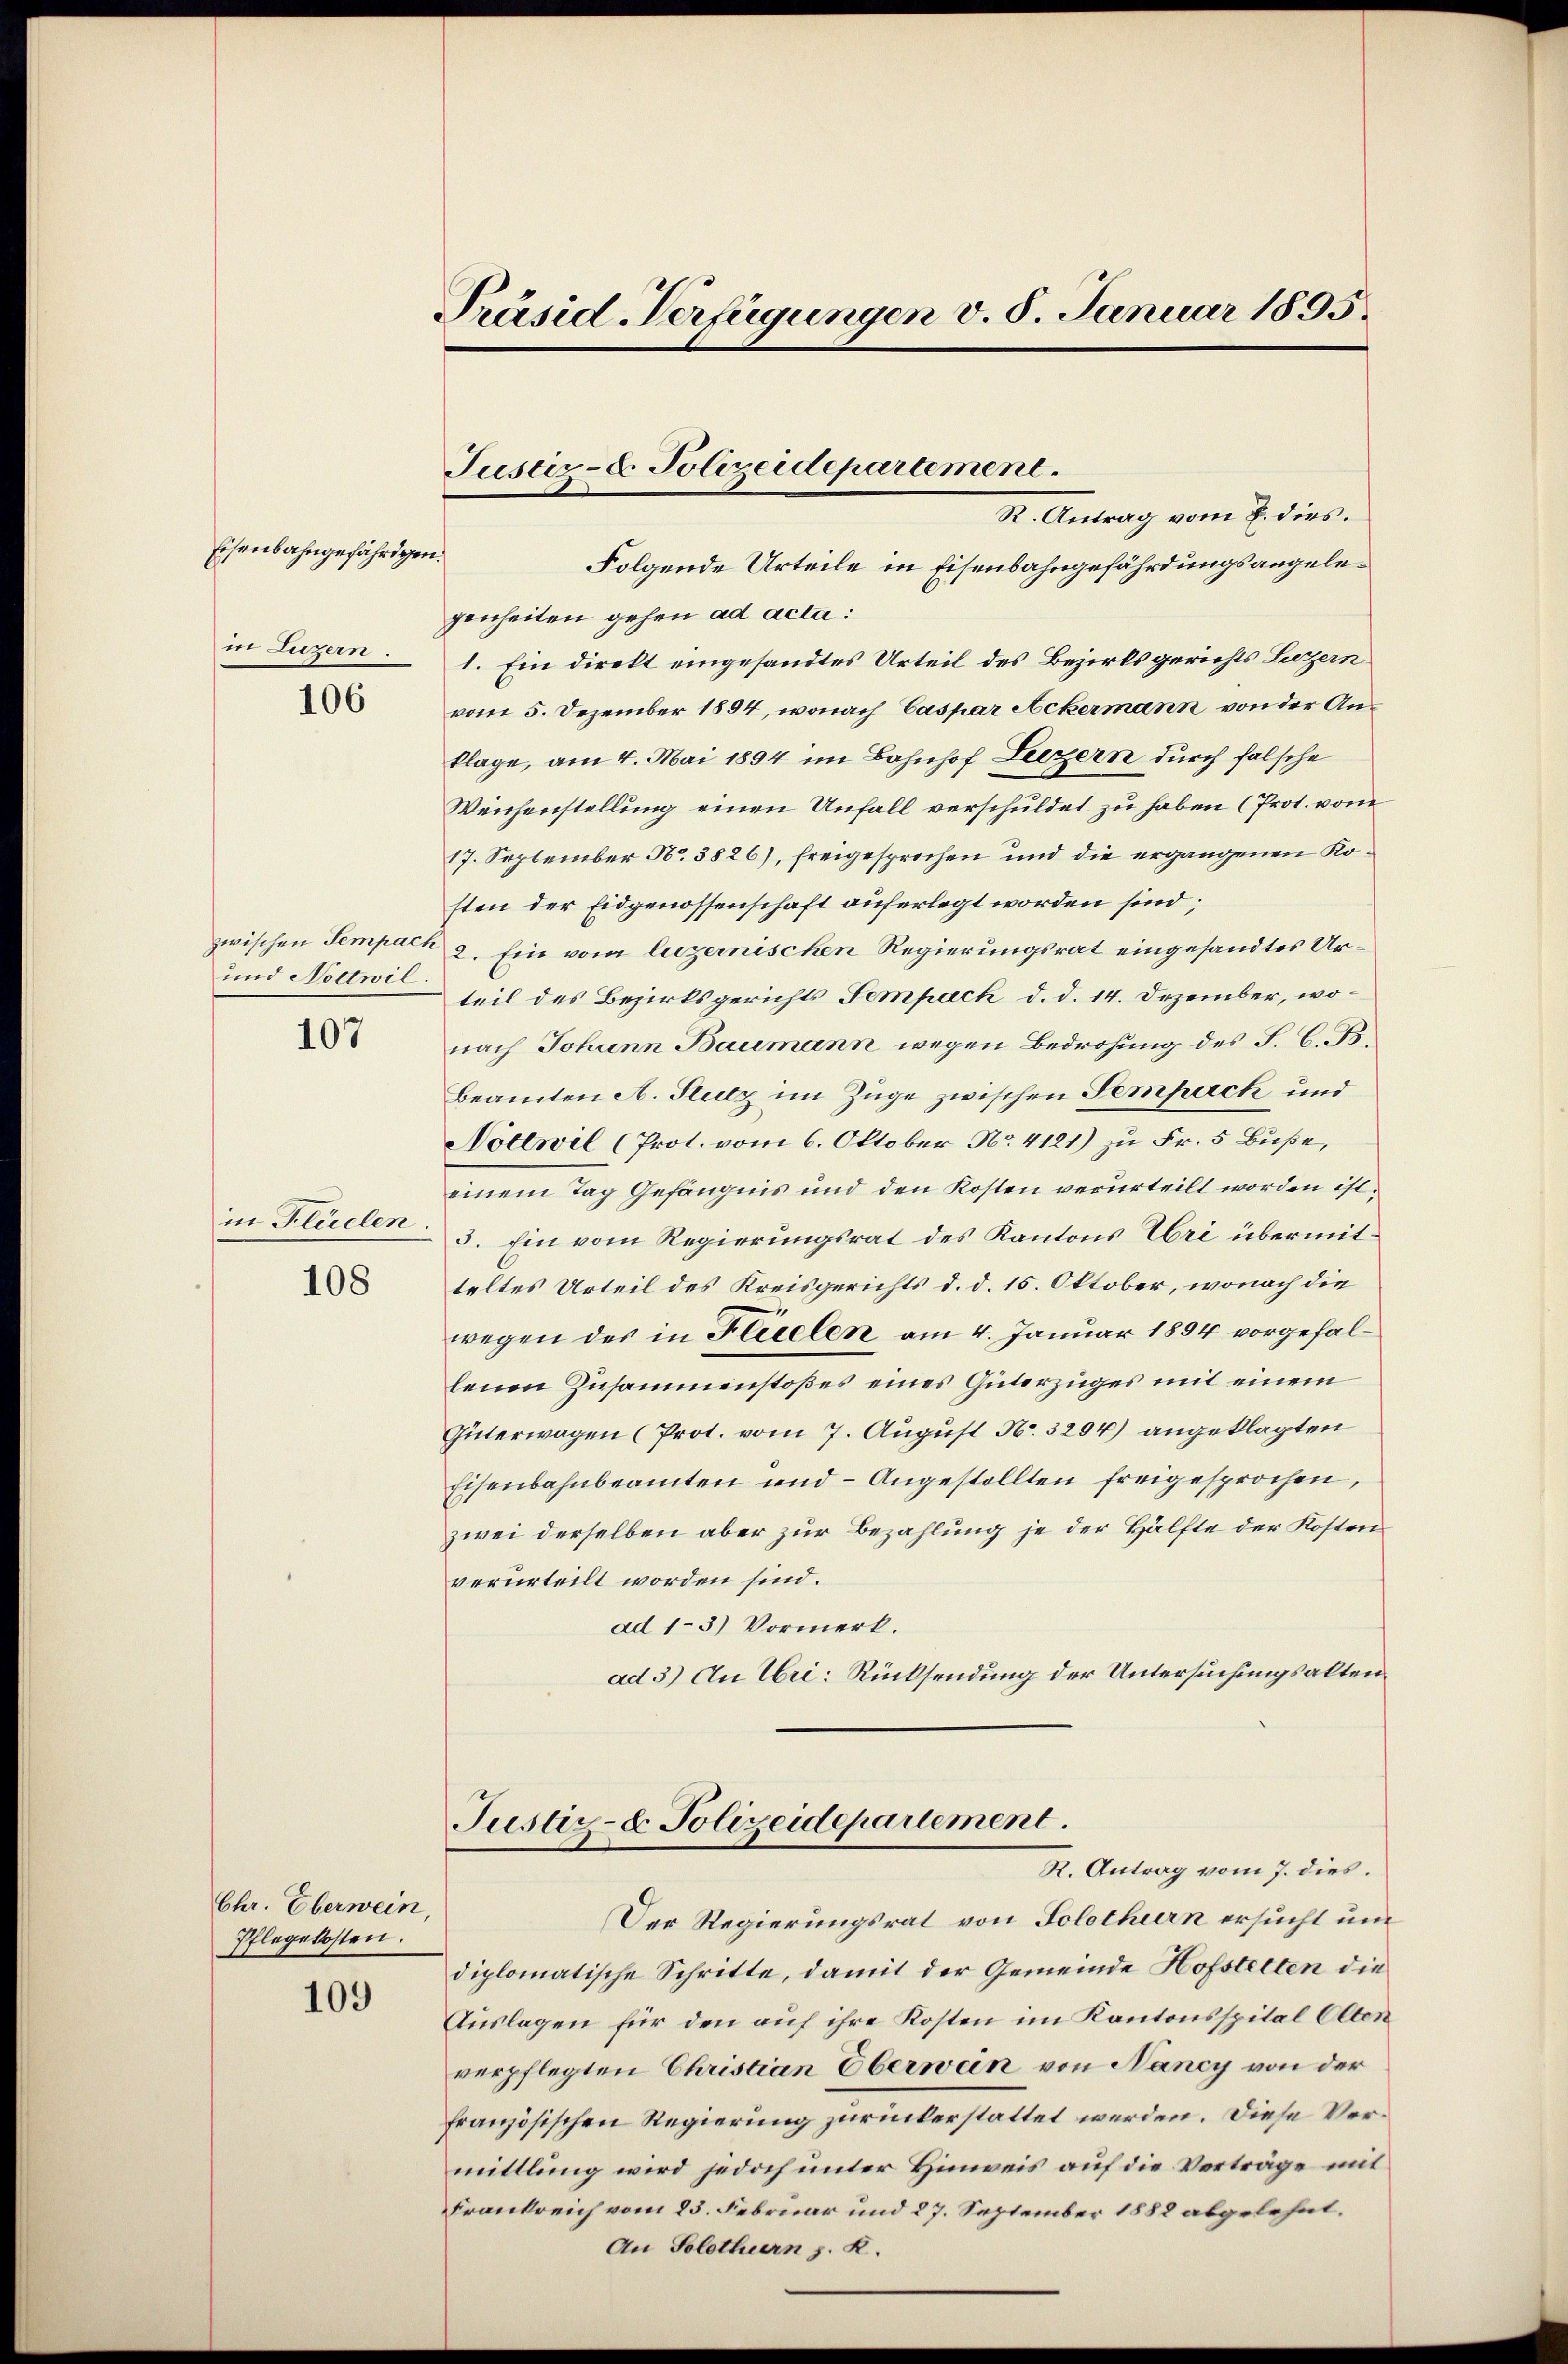
Eisenbahngefährigen.
in Luzern.

106

und Noltwil.

107

in Flüelen.
108

Chr. Eberwein,
Pflegekosten.

109

Präsid-Verfügungen v. 8. Januar 1895.

R. Antrag vom 2. dies.
Folgende Urteile in Eisenbahngefährdungsangelegenheiten gehen ad acta:
1. Ein direkt eingesandtes Urteil des Bezirksgerichts Luzern
vom 5. Dezember 1894, wonach Caspar Ackermann von der Anklage, am 4. Mai 1894 im Bahnhof Liezern durch falsche
Weichenstellung einen Unfall verschuldet zu haben (Prot. vom
17. September No. 3826), freigesprochen und die ergangenen Kosten der Eidgenossenschaft auferlegt worden sind;
zwischen Sempach 2. Ein vom luzernischen Regierungsrat eingesandtes Urteil des Bezirksgerichts Sempach d. d. 14. Dezember, wonach Johann Baumann wegen Bedrohung des S. C.
Beamten A. Stutz im Züge zwischen Sempach und
Nottwil (Prot. vom 6. Oktober No. 4121) zu Fr. 5 Buße,
einem Tag Gefängnis und den Kosten verurteilt worden ist.
3. Ein vom Regierungsrat des Kantons Uri übermitteltes Urteil des Kreisgerichts d. d. 15. Oktober, wonach die
wegen des in Flüelen am 4. Januar 1894 vorgefallenen Zusammenstoßes eines Güterzuges mit einem
Güterwagen (Prot. vom 7. August N. 3294) angeklagten
Eisenbahnbeamten und Angestellten freigesprochen,
zwei derselben aber zur Bezahlung je der Hälfte der Kosten
verurteilt worden sind.
ad 13) Vormerk.
ad 3) Au Uri: Rücksendung der Untersuchungsakten¬

Justiz- & Polizeidepartement.

Justiz- & Polizeidepartement.
R. Antrag vom 7. dies.

Der Regierungsrat von Solothurn ersucht und
diplomatische Schritte, damit der Gemeinde Hofstelten die
Auslagen für den auf ihre Kosten im Kantonsspital Olten
verpflegten Christian Oberwein von Nancy von der
französischen Regierung zurickerstattet werden. Diese Vermittlung wird jedoch unter Hinweis auf die Verträge mit
Frankreich vom 23. Februar und 27. September 1888 abgelehnt.
An Solothurn z. R.